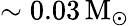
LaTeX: \sim 0.03\, \mathrm{M_{\odot}}